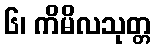
၆၊ ကိမိလသုတ္တ